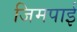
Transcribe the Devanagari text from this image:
जिमपाई